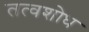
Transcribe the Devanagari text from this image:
तत्वशोध